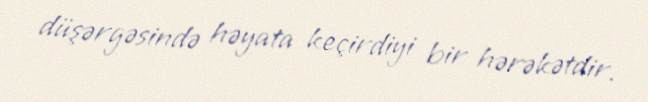
düşərgəsində həyata keçirdiyi bir hərəkətdir.